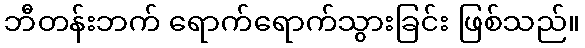
ဘီတန်းဘက် ရောက်ရောက်သွားခြင်း ဖြစ်သည်။